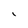
Character: i